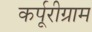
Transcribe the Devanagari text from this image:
कर्पूरीग्राम